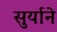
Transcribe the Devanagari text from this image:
सुर्याने